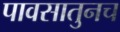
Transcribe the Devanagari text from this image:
पावसातुनच